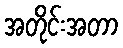
အတိုင်းအတာ